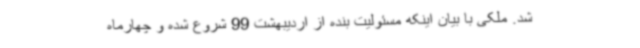
شد. ملکی با بیان اینکه مسئولیت بنده از اردیبهشت 99 شروع شده و چهارماه